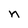
Character: n